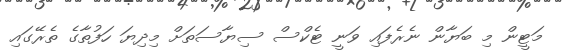
މަޓީން މި ބަޔާން ނެރެފައި ވަނީ ޓެކްސް ސިޔާސަތަށް މިދިޔަ ހަފުތާގެ ތެރޭގައި